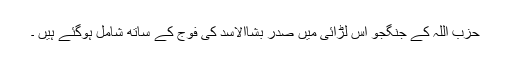
حزب اللہ کے جنگجو اس لڑائی میں صدر بشاالاسد کی فوج کے ساتھ شامل ہوگئے ہیں ۔